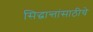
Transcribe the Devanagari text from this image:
सिद्धान्तांसाठीचे